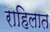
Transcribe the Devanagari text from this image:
राहिलात